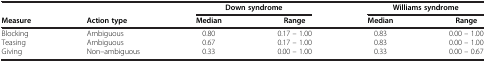
| <COLSPAN=2>  | <COLSPAN=2> Down syndrome | <COLSPAN=2> Williams syndrome |
 | --- | --- | --- | --- | --- | --- |
 | Measure | Action type | Median | Range | Median | Range |
 | Blocking | Ambiguous | 0.80 | 0.17 – 1.00 | 0.83 | 0.00 – 1.00 |
 | Teasing | Ambiguous | 0.67 | 0.17 – 1.00 | 0.83 | 0.00 – 1.00 |
 | Giving | Non–ambiguous | 0.33 | 0.00 – 1.00 | 0.33 | 0.00 – 0.67 |